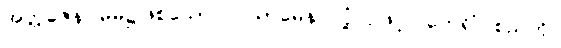
အတ္တဇေန၊ မိမိ၌ဖြစ်သော။ ဝါယာမေန၊ လုံ့လဖြင့်။ ဘေရိံ၊ စည်ကို။